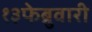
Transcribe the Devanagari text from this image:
१३फेब्रुवारी